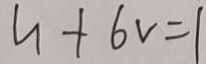
u + 6 v = 1